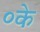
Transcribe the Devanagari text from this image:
०के